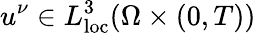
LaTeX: u^{\nu}\in L_{\mathrm{loc}}^{3}(\Omega\times(0,T))